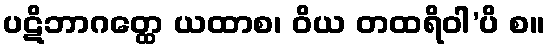
ပဋိဘာဂတ္ထေ ယထာစ၊ ဝိယ တထရိဝါ’ပိ စ။